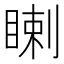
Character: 𥈙